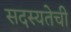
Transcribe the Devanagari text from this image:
सदस्यतेची